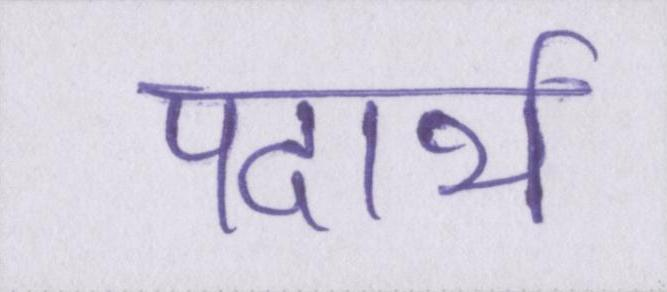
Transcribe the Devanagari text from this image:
पदार्थ